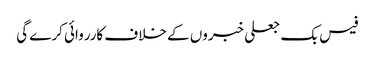
فیس بک جعلی خبروں کے خلاف کارروائی کرے گی